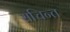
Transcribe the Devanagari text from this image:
सचिन्त